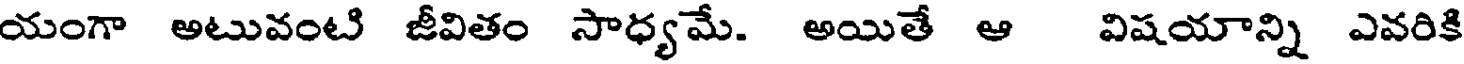
యంగా అటువంటి జీవితం సాధ్యమే. అయితే ఆ విషయాన్ని ఎవరికి